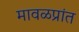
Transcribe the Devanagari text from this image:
मावळप्रांत